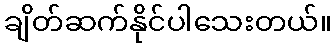
ချိတ်ဆက်နိုင်ပါသေးတယ်။